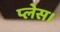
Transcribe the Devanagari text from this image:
प्‍लेस।